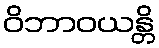
ဝိဘာဝယန္တိ